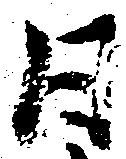
日